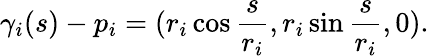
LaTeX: \gamma_{i}(s)-p_{i}=(r_{i}\cos{\frac{s}{r_{i}}},r_{i}\sin{\frac{s}{r_{i}}},0).